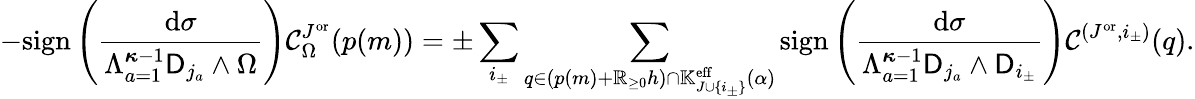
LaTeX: -\mathrm{sign}\left(\frac{\mathrm{d}\sigma}{\Lambda_{a=1}^{{\boldsymbol{\kappa}}-1}\mathsf{D}_{j_{a}}\wedge\Omega}\right)\mathcal{C}_{\Omega}^{J^{\mathrm{or}}}(p(m))=\pm\sum_{i_{\pm}}\sum_{q\in(p(m)+\mathbb{R}_{\ge 0}h)\cap\mathbb{K}_{J\cup\{ i_{\pm}\} }^{{\mathrm{eff}}}(\alpha)}\mathrm{sign}\left(\frac{\mathrm{d}\sigma}{\Lambda_{a=1}^{{\boldsymbol{\kappa}}-1}\mathsf{D}_{j_{a}}\wedge\mathsf{D}_{i_{\pm}}}\right)\mathcal{C}^{(J^{\mathrm{or}},i_{\pm})}(q).